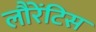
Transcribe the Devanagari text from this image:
लौरेंटिस